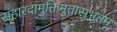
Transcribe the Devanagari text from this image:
संहारदामुक्तिमुतासुभूतम्